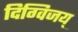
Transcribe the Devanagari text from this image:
दिग्विजय्